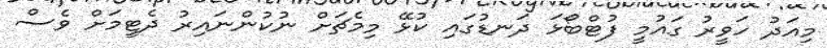
މިއަދު ހަވީރު ގައުމީ ފުޓްބޯޅަ ދަނޑުގައި ކުޅޭ މިމެޗަށް ނުކުންނައިރު ދެޓީމަށް ވެސް